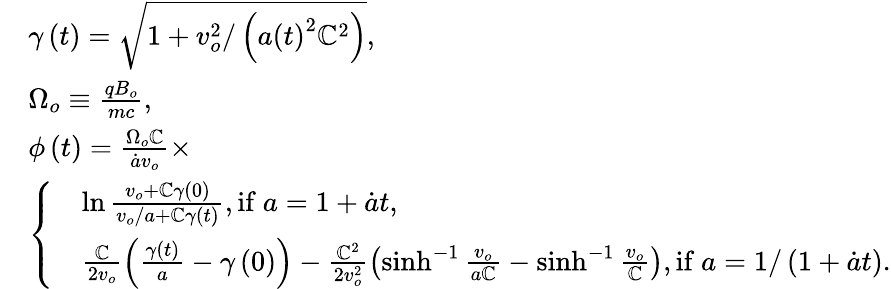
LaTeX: \begin{array}{rl}&{\gamma\left(t\right)=\sqrt{1+v_{o}^{2}/\left(a\left(t\right)^{2}\mathbb{C}^{2}\right)},}\\ &{\Omega_{o}\equiv\frac{qB_{o}}{mc},}\\ &{\phi\left(t\right)=\frac{\Omega_{o}\mathbb{C}}{\dot{a}v_{o}}\times}\\ &{\left\{ \begin{array}{rl}&{\ln\frac{v_{o}+\mathbb{C}\gamma\left(0\right)}{v_{o}/a+\mathbb{C}\gamma\left(t\right)},\mathrm{if~}a=1+\dot{a}t,}\\ &{\frac{\mathbb{C}}{2v_{o}}\left(\frac{\gamma\left(t\right)}{a}-\gamma\left(0\right)\right)-\frac{\mathbb{C}^{2}}{2v_{o}^{2}}\left(\sinh^{-1}\frac{v_{o}}{a\mathbb{C}}-\sinh^{-1}\frac{v_{o}}{\mathbb{C}}\right),\mathrm{if~}a=1/\left(1+\dot{a}t\right).}\end{array}\right.}\end{array}